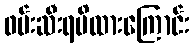
ဖမ်းဆီးရမိထားကြောင်း